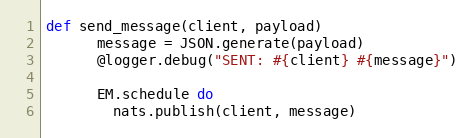
Language: Ruby
def send_message(client, payload)
      message = JSON.generate(payload)
      @logger.debug("SENT: #{client} #{message}")

      EM.schedule do
        nats.publish(client, message)